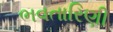
ભવતારિણી